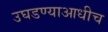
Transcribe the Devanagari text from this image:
उघडण्याआधीच